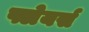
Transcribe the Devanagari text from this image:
फ्लेयर्स